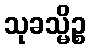
သုခသ္မိဉ္စ